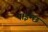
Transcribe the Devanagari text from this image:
पाईन्छ